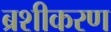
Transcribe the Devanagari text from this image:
ब्रशीकरण